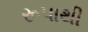
રૂપાથી